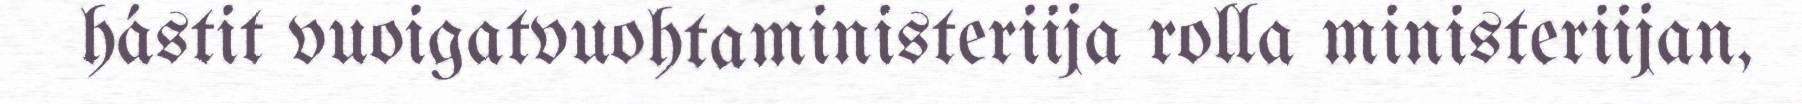
hástit vuoigatvuohtaministeriija rolla ministeriijan,